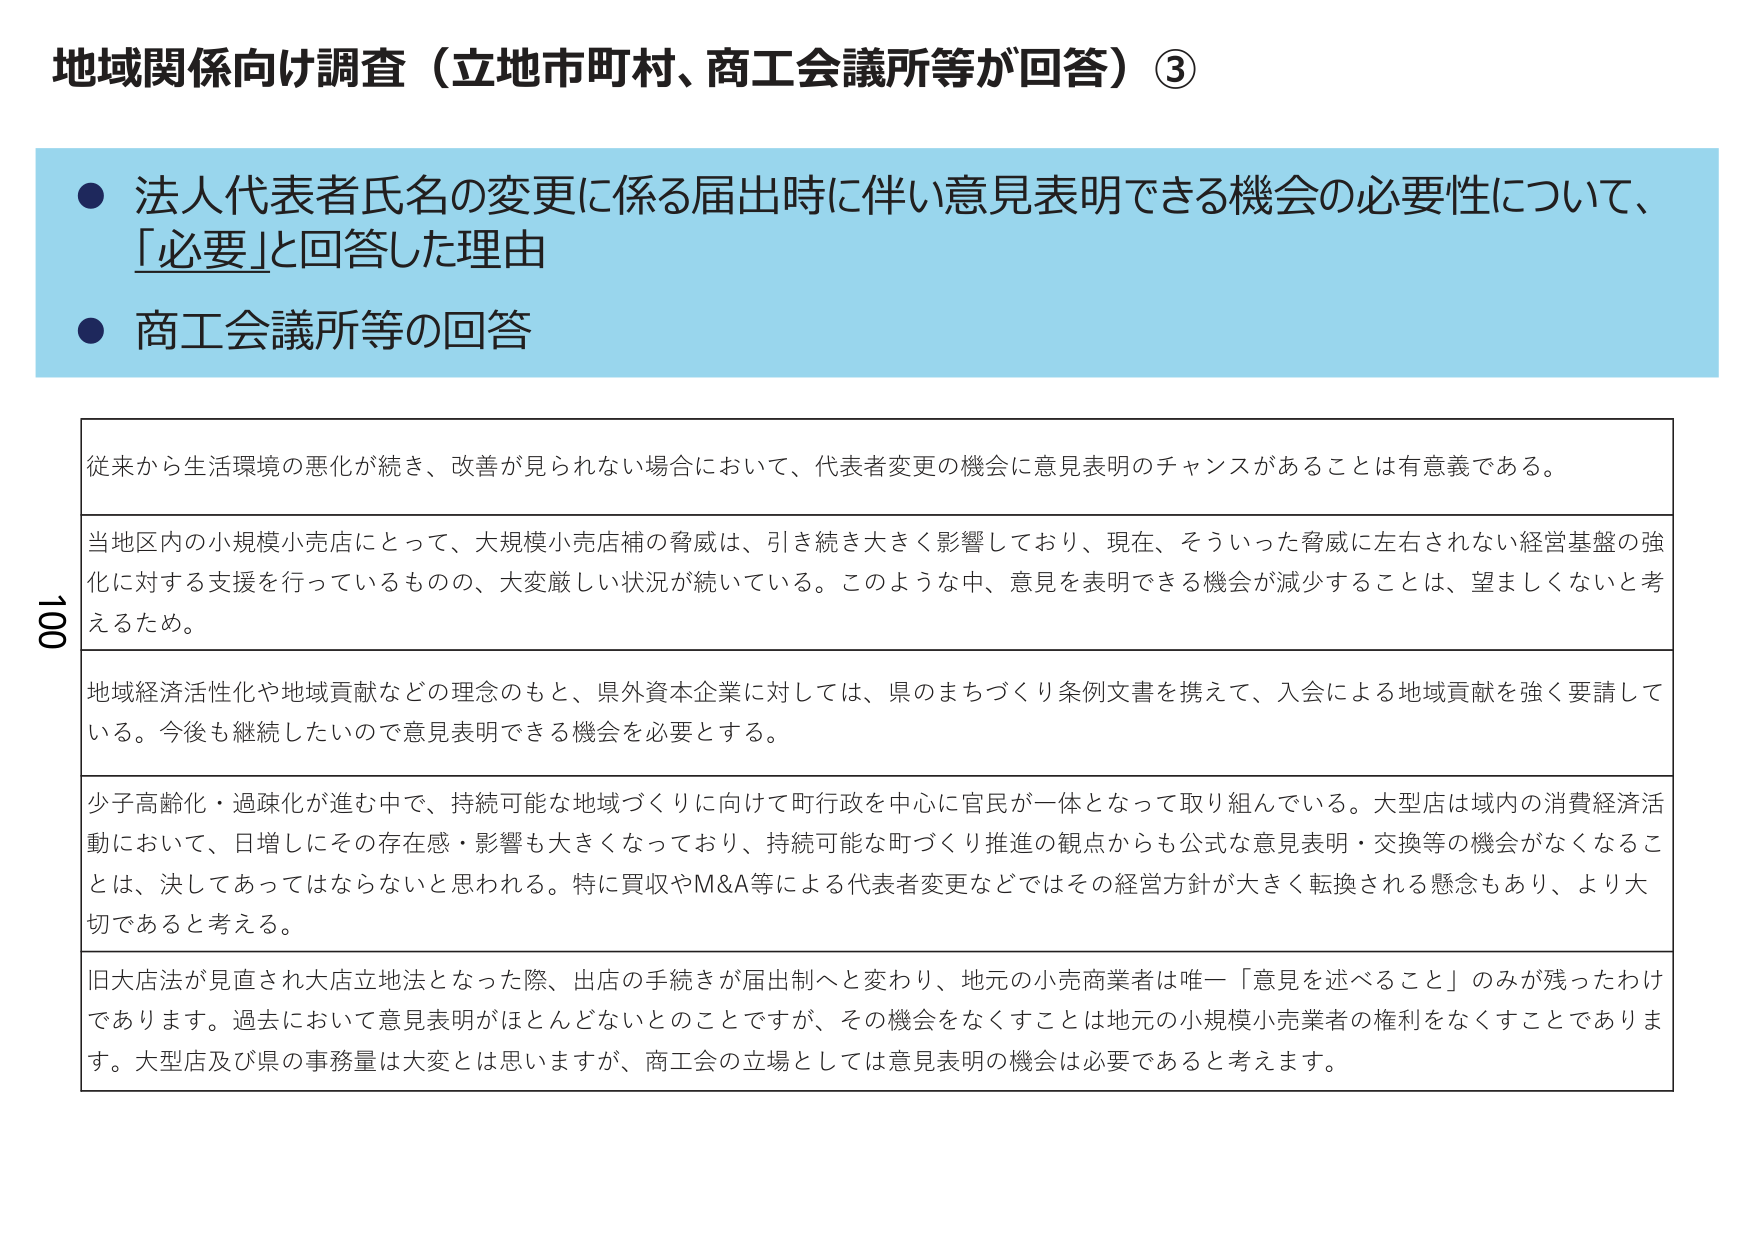
地域関係向け調査（立地市町村、商工会議所等が回答）③

● 法人代表者氏名の変更に係る届出時に伴い意見表明できる機会の必要性について、「必要」と回答した理由
● 商工会議所等の回答

従来から生活環境の悪化が続き、改善が見られない場合において、代表者変更の機会に意見表明のチャンスがあることは有意義である。

当地区内の小規模小売店にとって、大規模小売店舗の脅威は、引き続き大きく影響しており、現在、そういった脅威に左右されない経営基盤の強化に対する支援を行っているものの、大変厳しい状況が続いている。このような中、意見を表明できる機会が減少することは、望ましくないと考えるため。

地域経済活性化や地域貢献などの理念のもと、県外資本企業に対しては、県のまちづくり条例文書を携えて、入会による地域貢献を強く要請している。今後も継続したいので意見表明できる機会を必要とする。

少子高齢化・過疎化が進む中で、持続可能な地域づくりに向けて町行政を中心に官民が一体となって取り組んでいる。大型店は域内の消費経済活動において、日増しにその存在感・影響も大きくなっており、持続可能な町づくり推進の観点からも公式な意見表明・交換等の機会がなくなることは、決してあってはならないと思われる。特に買収やM&A等による代表者変更などではその経営方針が大きく転換される懸念もあり、より大切であると考える。

旧大店法が見直され大店立地法となった際、出店の手続きが届出制へと変わり、地元の小売商業者は唯一「意見を述べること」のみが残ったわけあります。過去において意見表明がほとんどないとのことですが、その機会をなくすことは地元の小規模小売業者の権利をなくすことではあります。大型店及び県の事務量は大変とは思いますが、商工会の立場としては意見表明の機会は必要であると考えます。